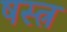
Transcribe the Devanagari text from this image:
षस्त्र